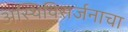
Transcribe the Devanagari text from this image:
अस्थिविसर्जनाचा